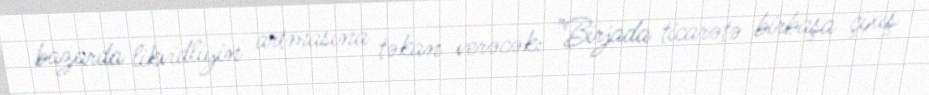
bazarda likvidliyin artmasına təkan verəcək: "Birjada ticarətə birbaşa çıxış